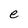
Character: e